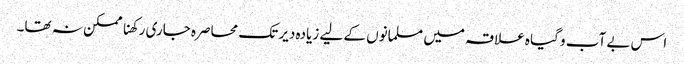
اس بے آب و گیاہ علاقہ میں مسلمانوں کے لیے زیادہ دیر تک محاصرہ جاری رکھنا ممکن نہ تھا۔